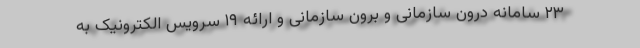
۲۳ سامانه درون سازمانی و برون سازمانی و ارائه ۱۹ سرویس الکترونیک به